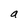
Character: a